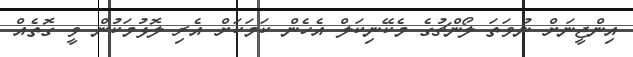
އިންޖީނަށް ނުވަތަ ލޯންޗުގެ މެކޭނިކަލް އެހެން ކަމަކަށް އެރި ލޮޅުމަކުން ވީ ގޮތެއް